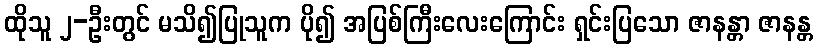
ထိုသူ ၂-ဦးတွင် မသိ၍ပြုသူက ပို၍ အပြစ်ကြီးလေးကြောင်း ရှင်းပြသော ဇာနန္တာ ဇာနန္တ